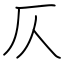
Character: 仄